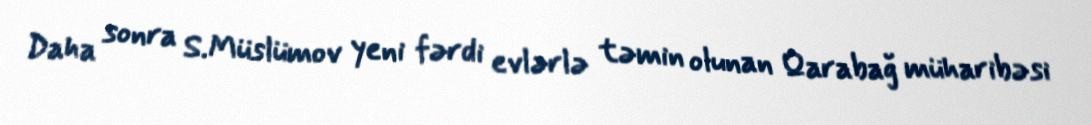
Daha sonra S.Müslümov yeni fərdi evlərlə təmin olunan Qarabağ müharibəsi